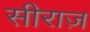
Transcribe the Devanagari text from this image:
सीराज़